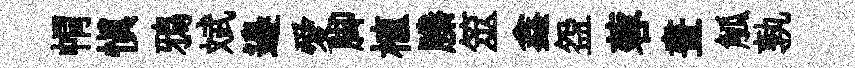
㡌愼鴉斌邉愛脚植縢筮鑫盌蓉晝觚孰